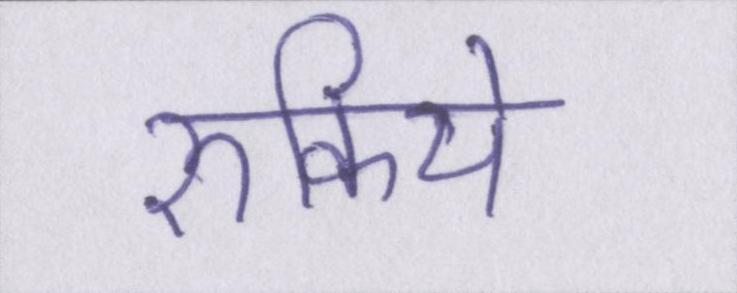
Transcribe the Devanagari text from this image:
रुकिये